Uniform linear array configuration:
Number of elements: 16
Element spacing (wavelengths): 0.5
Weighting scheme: uniform
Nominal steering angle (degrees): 60
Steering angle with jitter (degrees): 58.883
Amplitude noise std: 0.05
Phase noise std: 0.05

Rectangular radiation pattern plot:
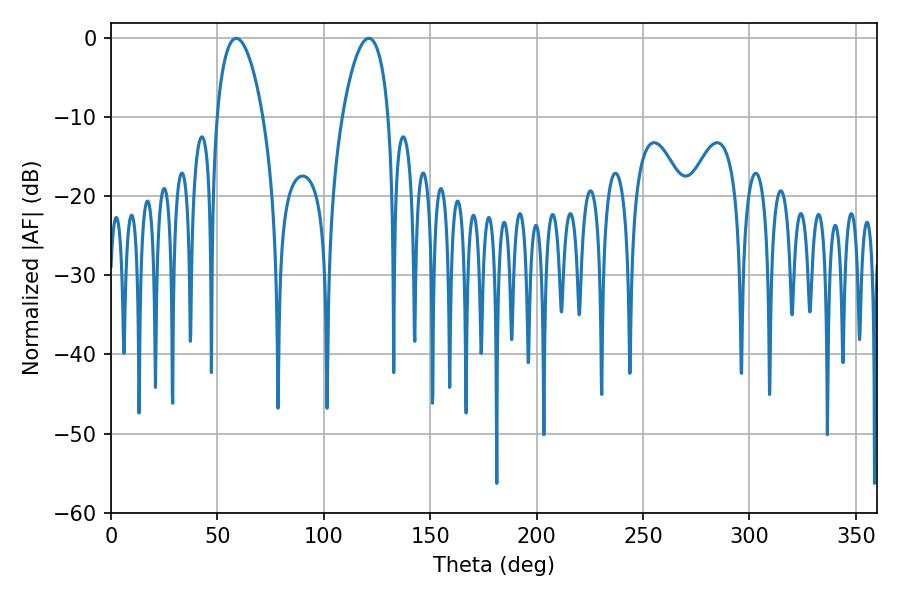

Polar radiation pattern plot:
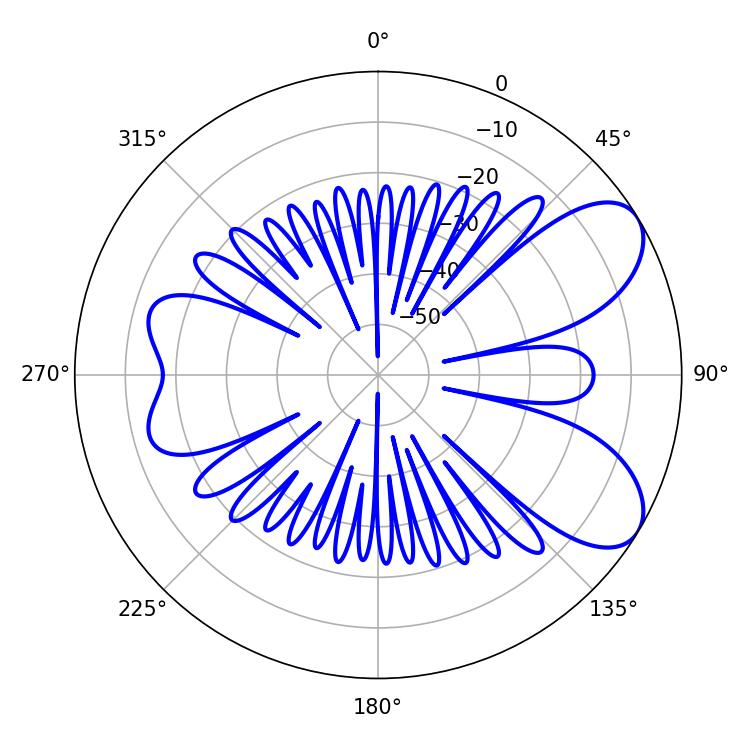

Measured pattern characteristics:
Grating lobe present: FALSE
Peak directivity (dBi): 7.356
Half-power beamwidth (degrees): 12.24
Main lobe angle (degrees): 58.86